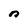
Character: n